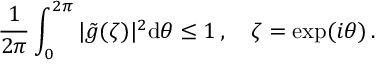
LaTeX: { \frac { 1 } { 2 \pi } } \int _ { 0 } ^ { 2 \pi } \vert \tilde { g } ( \zeta ) \vert ^ { 2 } \mathrm { d } \theta \leq 1 \, , \quad \zeta = \mathrm { e x p } ( i \theta ) \, .